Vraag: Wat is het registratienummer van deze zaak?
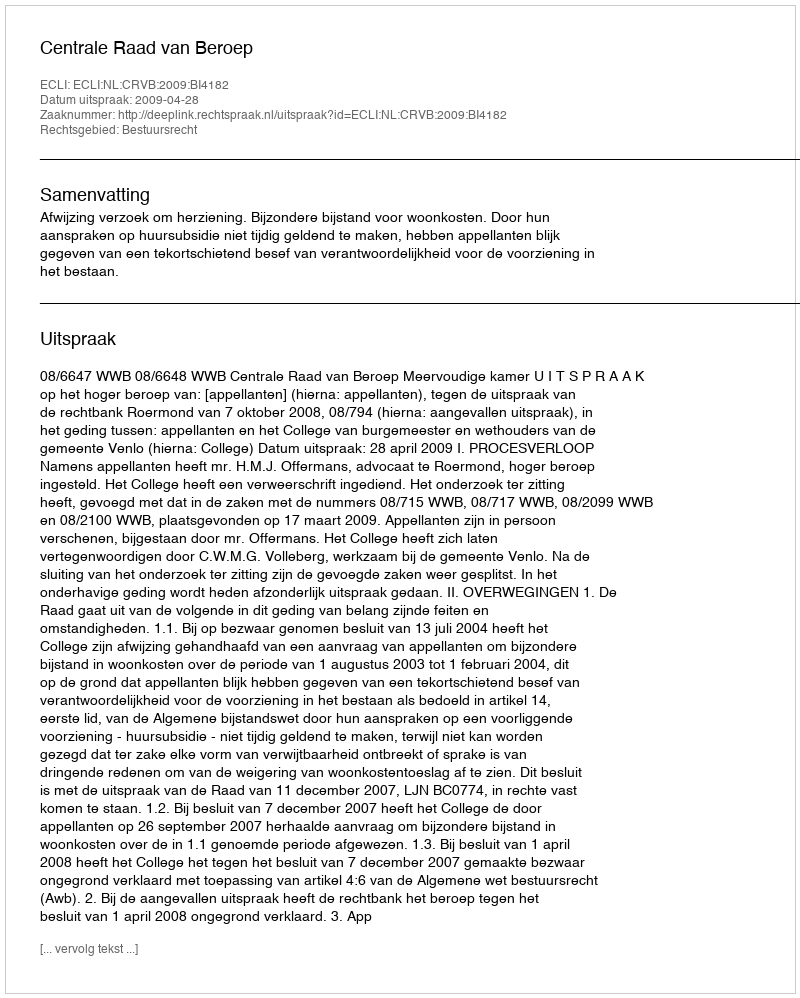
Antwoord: http://deeplink.rechtspraak.nl/uitspraak?id=ECLI:NL:CRVB:2009:BI4182